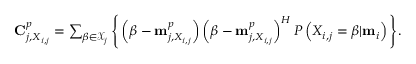
\begin{array} { r } { \mathbf { C } _ { j , X _ { i , j } } ^ { p } = \sum _ { \beta \in \mathcal { X } _ { j } } \Bigg \{ \left( \beta - \mathbf { m } _ { j , X _ { i , j } } ^ { p } \right) \left( \beta - \mathbf { m } _ { j , X _ { i , j } } ^ { p } \right) ^ { H } P \left( X _ { i , j } = \beta | \mathbf { m } _ { i } \right) \Bigg \} . } \end{array}